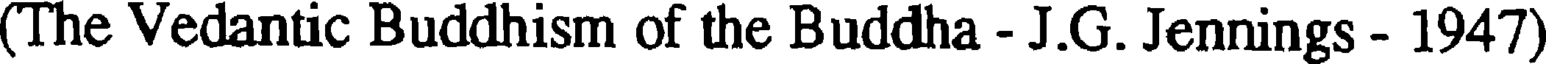
(The Vedantic Buddhism of the Buddha - J.G. Jennings - 1947)